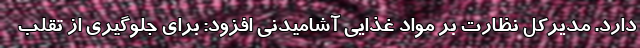
دارد. مدیرکل نظارت بر مواد غذایی آشامیدنی افزود: برای جلوگیری از تقلب